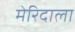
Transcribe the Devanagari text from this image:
मेरिदाला